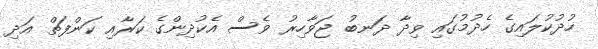
ހުދުކުލައިގެ ހެދުމުގައި ވިދާ ދަނބު ޖަވާހިރު ވެސް އެކުދިންގެ ކަރާއި ކަންފަތް އަދި